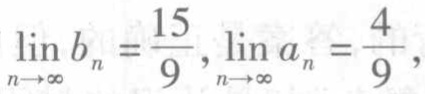
$\lim_{n \to \infty} b_{n}=\frac{15}{9},\lim_{n \to \infty} a_{n}=\frac{4}{9},$